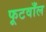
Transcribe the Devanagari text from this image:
फूटवाँल